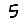
Digit: 5